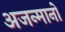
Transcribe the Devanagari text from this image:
अजन्मानो